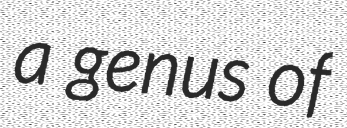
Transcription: a genus of